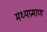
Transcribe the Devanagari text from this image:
मध्यप्रमाण